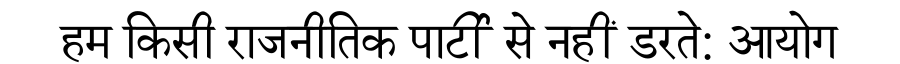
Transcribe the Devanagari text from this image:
हम किसी राजनीतिक पार्टी से नहीं डरते: आयोग